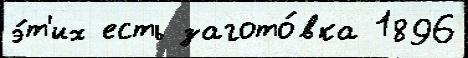
э́т'их есть загото́вка 1896